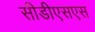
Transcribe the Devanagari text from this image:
सीडीएसएस